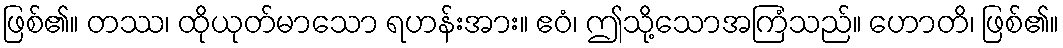
ဖြစ်၏။ တဿ၊ ထိုယုတ်မာသော ရဟန်းအား။ ဧဝံ၊ ဤသို့သောအကြံသည်။ ဟောတိ၊ ဖြစ်၏။